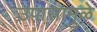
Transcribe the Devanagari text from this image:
उपासामुळे